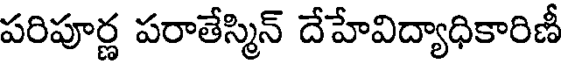
పరిపూర్ణ పరాతేస్మిన్ దేహేవిద్యాధికారిణీ